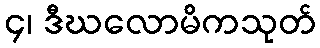
၄၊ ဒီဃလောမိကသုတ်